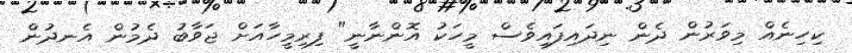
ކިހިނެއް މިވަރުން ދެން ނިދައިފައިވެސް މީހަކު އޮންނާނީ" ފިރިމީހާއަށް ޖަވާބު ދެމުން އެނދުން